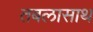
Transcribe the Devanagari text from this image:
तबलासाथ